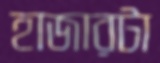
হাজারটা